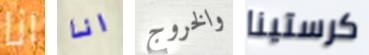
انا انا والخروج كرستينا